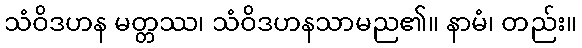
သံဝိဒဟန မတ္တဿ၊ သံဝိဒဟနသာမည၏။ နာမံ၊ တည်း။